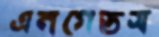
এনগেডস